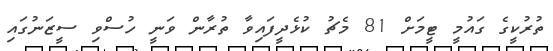
ތުރުކީގެ ގައުމީ ޓީމަށް 81 މެޗު ކުޅެދީފައިވާ ތުރާން ވަނީ ހުސްވި ސީޒަނުގައި